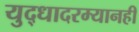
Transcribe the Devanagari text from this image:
युद्धादरम्यानही